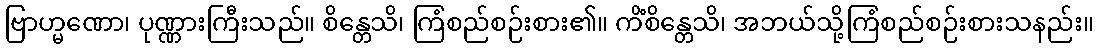
ဗြာဟ္မဏော၊ ပုဏ္ဏားကြီးသည်။ စိန္တေသိ၊ ကြံစည်စဉ်းစား၏။ ကိံစိန္တေသိ၊ အဘယ်သို့ကြံစည်စဉ်းစားသနည်း။